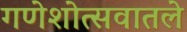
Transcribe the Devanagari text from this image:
गणेशोत्सवातले